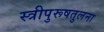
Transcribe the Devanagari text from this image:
स्त्रीपुरूषतुलना